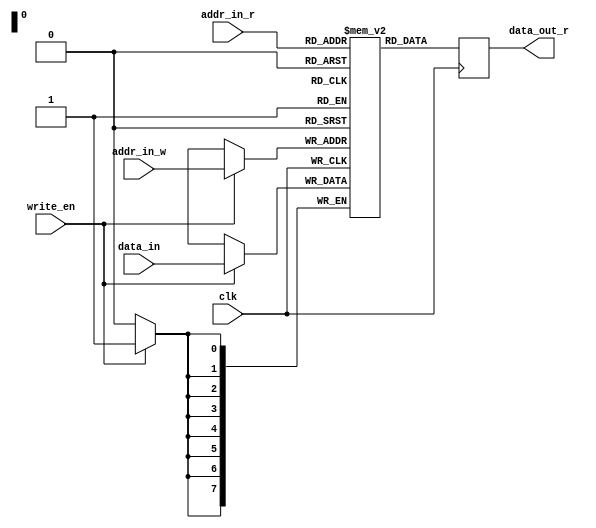
module dual_port_ram (
  input wire clk, // Clock signal
  input wire [7:0] addr_in_r, // Address input for read port
  input wire [7:0] addr_in_w, // Address input for write port
  input wire [7:0] data_in, // Data input for write port
  input wire write_en, // Write enable signal
  output reg [7:0] data_out_r // Data output for read port
);

reg [7:0] mem [0:255]; // Memory array with 256 locations

always @(posedge clk) begin
  if (write_en) begin
    mem[addr_in_w] <= data_in; // Write data to memory at address specified by write port
  end
  data_out_r <= mem[addr_in_r]; // Read data from memory at address specified by read port
end

endmodule